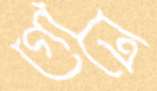
গোত্রে